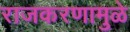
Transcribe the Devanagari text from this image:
राजकरणामुळे